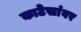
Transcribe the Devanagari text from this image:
काटेसांवर